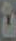
2